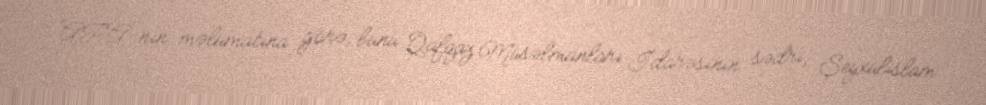
APA-nın məlumatına görə, bunu Qafqaz Müsəlmanları İdarəsinin sədri, Şeyxülislam